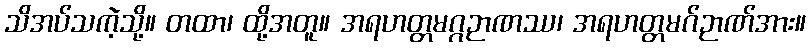
သိအပ်သကဲ့သို့။ တထာ၊ ထို့အတူ။ အရဟတ္တမဂ္ဂဉာဏဿ၊ အရဟတ္တမဂ်ဉာဏ်အား။